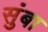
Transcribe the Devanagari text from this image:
सुंबा